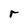
Character: r